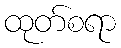
ထုတ်စရာ